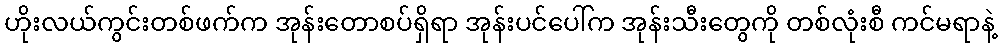
ဟိုးလယ်ကွင်းတစ်ဖက်က အုန်းတောစပ်ရှိရာ အုန်းပင်ပေါ်က အုန်းသီးတွေကို တစ်လုံးစီ ကင်မရာနဲ့